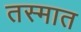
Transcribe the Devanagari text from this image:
तस्मात